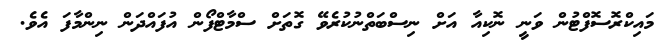
މައިކްރޮސޮފްޓުން ވަނީ ނޮކިއާ އަށް ނިސްބަތްނުކުރެވޭ ގޮތަށް ސްމާޓްފޯން އުފައްދަން ނިންމާފަ އެވެ.